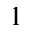
1